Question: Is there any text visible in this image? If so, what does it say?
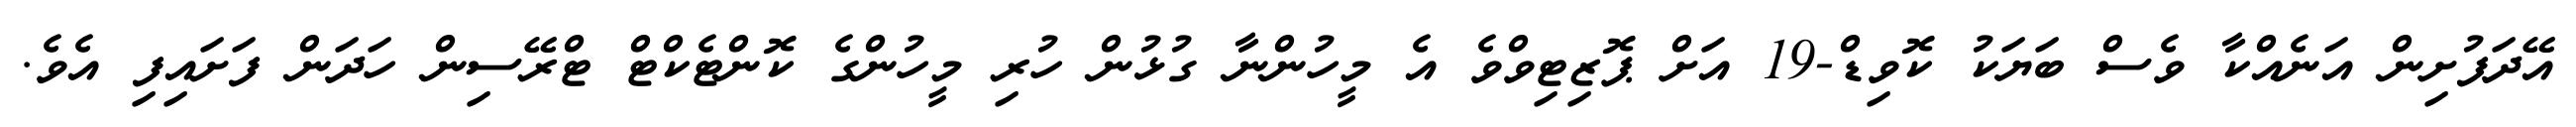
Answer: އޭދަފުށިން އަނެއްކާ ވެސް ބަޔަކު ކޮވިޑް-19 އަށް ޕޮޒިޓިވްވެ އެ މީހުންނާ ގުޅުން ހުރި މީހުންގެ ކޮންޓެކްޓް ޓްރޭސިން ހަދަން ފަށައިފި އެވެ.